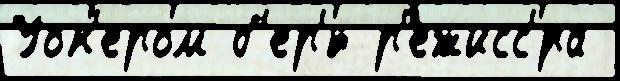
Уок'ером б'ер'́т р'ежисс'́ра